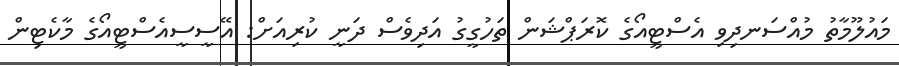
މައުލޫމާތު މުއްސަނދިވި އެސްޓީއޯގެ ކޮރަޕްޝަން ތަހުގީގު އަދިވެސް ދަނީ ކުރިއަށް: އޭސީސީއެސްޓީއޯގެ މާކެޓިން